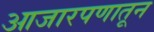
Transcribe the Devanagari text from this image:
आजारपणातून